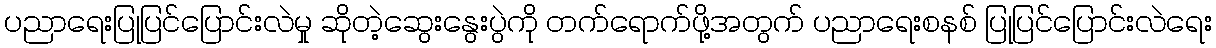
ပညာရေးပြုပြင်ပြောင်းလဲမှု ဆိုတဲ့ဆွေးနွေးပွဲကို တက်ရောက်ဖို့အတွက် ပညာရေးစနစ် ပြုပြင်ပြောင်းလဲရေး